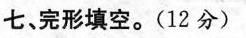
七、完形填空.(12 分)